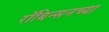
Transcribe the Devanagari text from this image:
रॉबिन्सनच्या